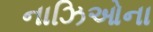
નાઝિઓના